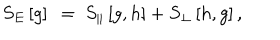
LaTeX: S _ { E } \left[ g \right] ~ = ~ S _ { \| } \left[ g , h \right] + S _ { \perp } \left[ h , g \right] ,